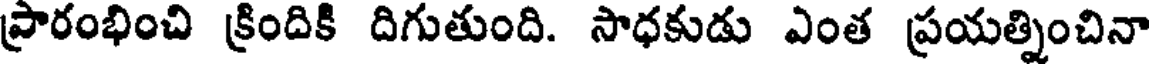
ప్రారంభించి క్రిందికి దిగుతుంది. సాధకుడు ఎంత ప్రయత్నించినా